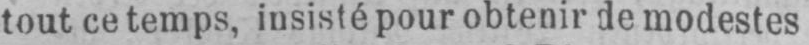
tout ce temps, insisté pour obtenir de modestes